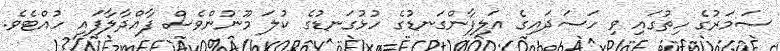
ސަމަރުގެ ހިތުގައި ވި ހަސަދައިގެ އަލިފާންގަނޑުގެ ހުޅުގަނޑުގެ ކުލަ މޫނުންވެސް ފާއްދާލާފައި ހުއްޓެވެ.